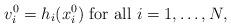
LaTeX: \begin{align*}v_i^0 = h_i(x_i^0) \mbox{ for all } i=1,\ldots,N,\end{align*}